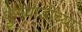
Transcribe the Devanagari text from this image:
फुगेवाडीच्या